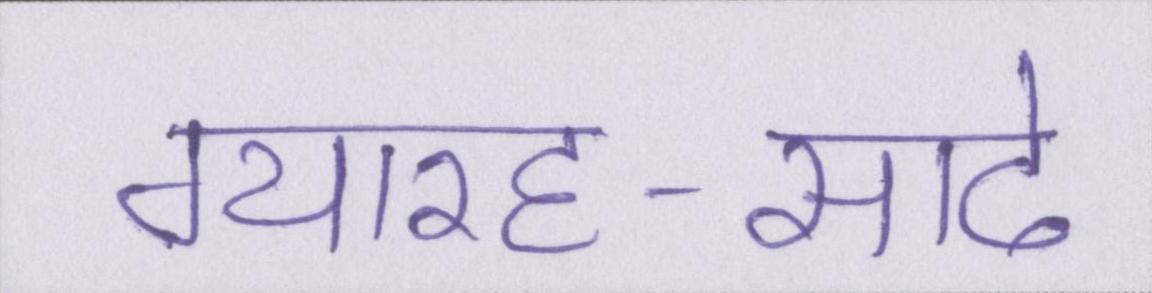
ग्यारह-साढे